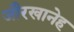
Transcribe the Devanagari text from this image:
जौरखानेह